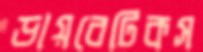
ডায়বেটিকস